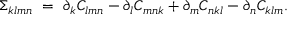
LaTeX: \Sigma _ { k l m n } \ = \ \partial _ { k } C _ { l m n } - \partial _ { l } C _ { m n k } + \partial _ { m } C _ { n k l } - \partial _ { n } C _ { k l m } .